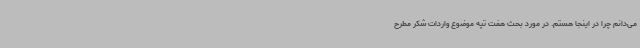
می‌دانم چرا در اینجا هستم. در مورد بحث هفت تپه موضوع واردات شکر مطرح